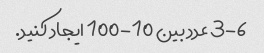
3-6 عدد بین 10-100 ایجاد کنید.